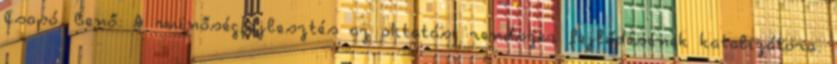
Csapó, Benő: A minőségfejlesztés az oktatási rendszer fejlődésének katalizátora.